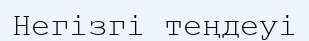
Негізгі теңдеуі